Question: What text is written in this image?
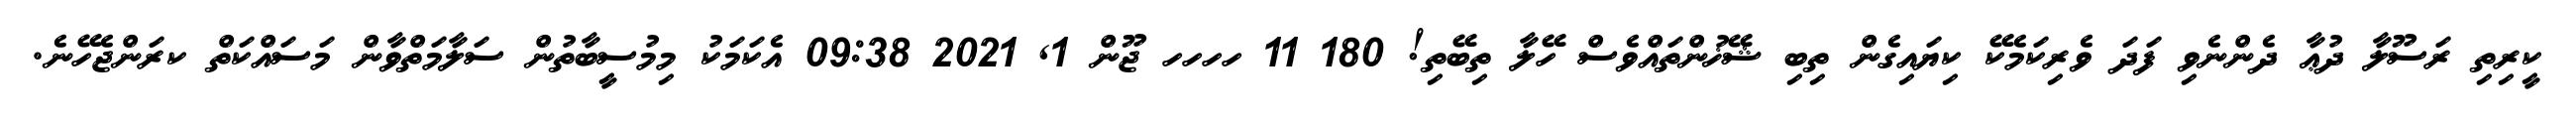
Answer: ކީރިތި ރަސޫލާ ދުޢާ ދެންނެވި ފަދަ ވެރިކަމެކޭ ކިޔައިގެން ތިބި ޝޭޚުންތައްވެސް ހޭލާ ތިބޭތި! 180 11 ހހހހ ޖޫން 1, 2021 09:38 އެކަމަކު މިމުސީބާތުން ސަލާމަތްވާން މަސައްކަތް ކރަންޖެހޭނެ.